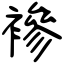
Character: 襂